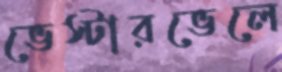
ভেস্টারভেলে